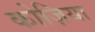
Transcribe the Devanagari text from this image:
कोज़िया